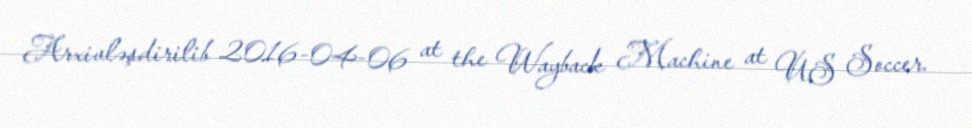
Arxivləşdirilib 2016-04-06 at the Wayback Machine at US Soccer.